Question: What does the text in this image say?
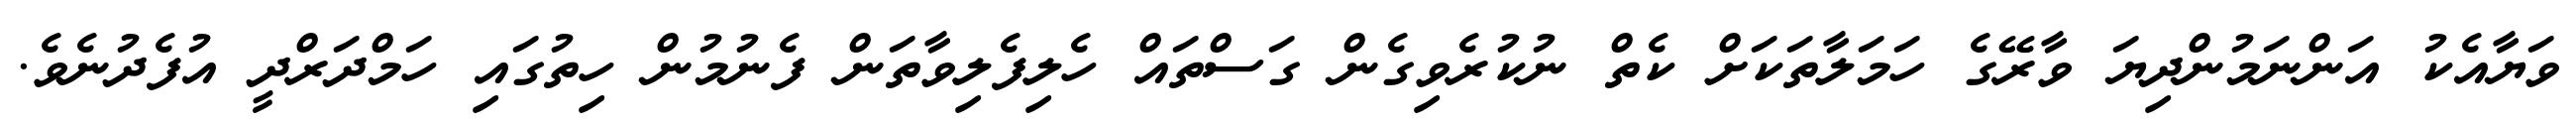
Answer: ވަޔާއެކު އަންނަމުންދިޔަ ވާރޭގެ ހަމަލާތަކަށް ކެތް ނުކުރެވިގެން ގަސްތައް ހެލިފެލިވާތަން ފެނުމުން ހިތުގައި ހަމްދަރްދީ އުފެދުނެވެ.